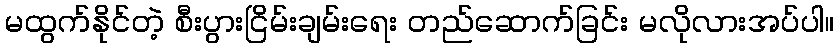
မထွက်နိုင်တဲ့ စီးပွားငြိမ်းချမ်းရေး တည်ဆောက်ခြင်း မလိုလားအပ်ပါ။